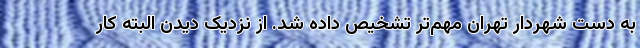
به دست شهردار تهران مهم‌تر تشخیص داده شد. از نزدیک دیدن البته کار